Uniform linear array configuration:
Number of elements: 32
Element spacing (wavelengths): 0.25
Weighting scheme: uniform
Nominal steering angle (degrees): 45
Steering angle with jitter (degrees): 45.323
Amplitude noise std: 0.05
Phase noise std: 0.05

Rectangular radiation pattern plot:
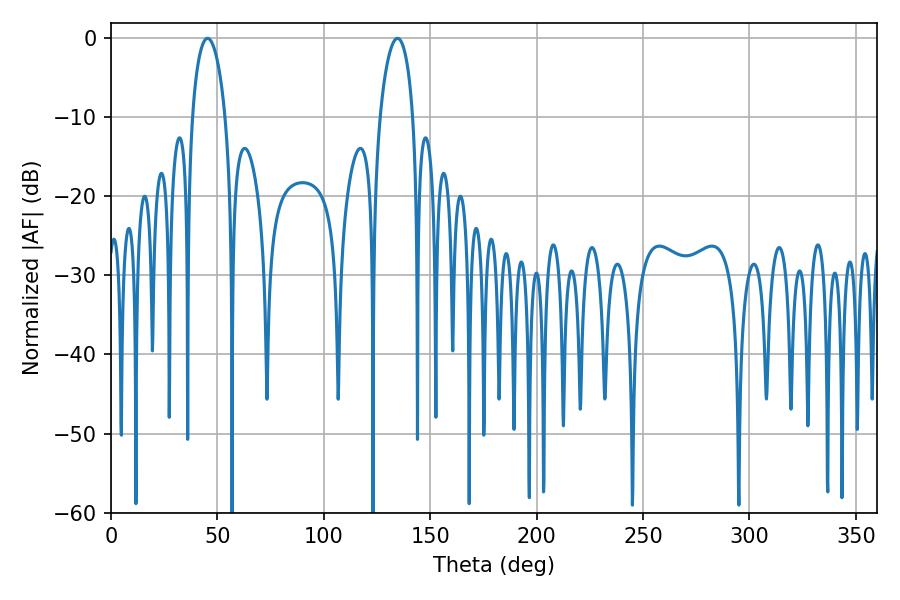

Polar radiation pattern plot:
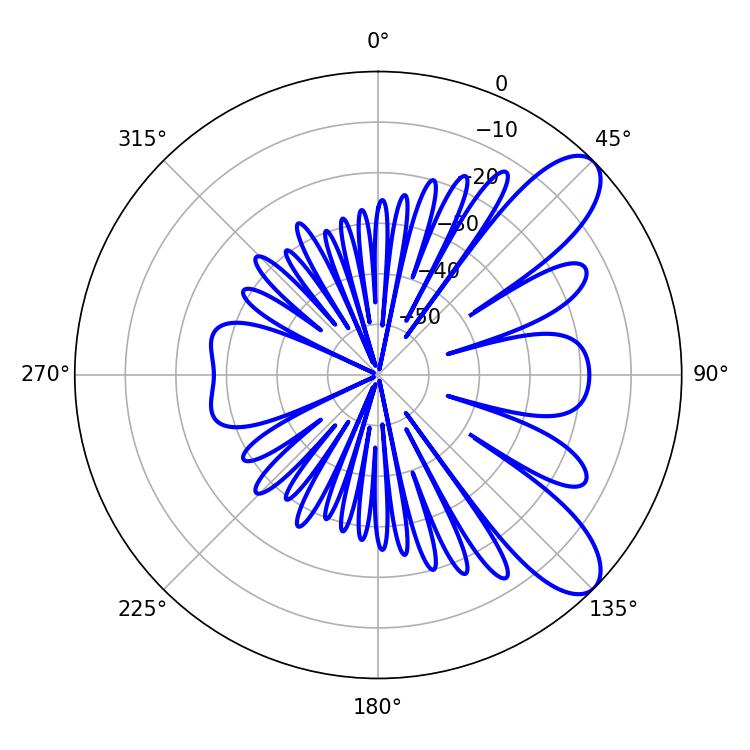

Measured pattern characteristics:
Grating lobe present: FALSE
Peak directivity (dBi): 9.037
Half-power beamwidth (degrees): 9
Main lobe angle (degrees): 45.36